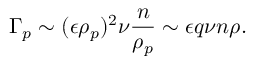
\Gamma _ { p } \sim ( \epsilon \rho _ { p } ) ^ { 2 } \nu \frac { n } { \rho _ { p } } \sim \epsilon q \nu n \rho .